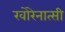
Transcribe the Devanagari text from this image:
खोरेनात्सी